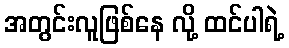
အတွင်းလူဖြစ်နေ လို့ ထင်ပါရဲ့